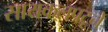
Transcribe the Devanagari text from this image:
सायकलपटूने